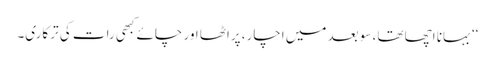
‘‘ بہانا اچھا تھا، سو بعد میں اچار، پراٹھا اور چائے کبھی رات کی ترکاری۔